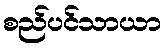
စည်ပင်သာယာ